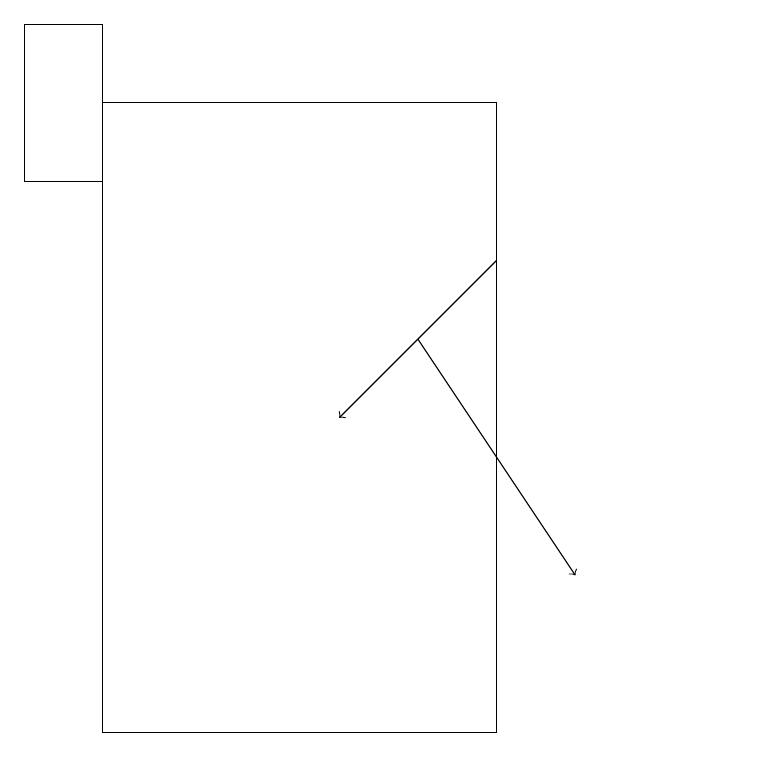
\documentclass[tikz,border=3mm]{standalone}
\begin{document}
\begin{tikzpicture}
\draw (10,12) circle (0);
\draw (1,19) rectangle (2,17);
\draw (7,18) rectangle (2,10);
\draw[->] (7,16) -- (5,14);
\draw[->] (6,15) -- (8,12);
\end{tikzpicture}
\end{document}